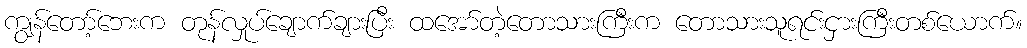
ကျွန်တော့်ဘေးက တုန်လှုပ်ချောက်ချားပြီး ထအော်တဲ့တောသားကြီးက တောသားသူရင်းငှားကြီးတစ်ယောက်။